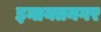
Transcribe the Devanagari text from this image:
इनायतनगर